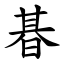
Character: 㫷